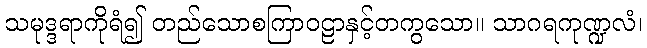
သမုဒ္ဒရာကိုရံ၍ တည်သောစကြာဝဠာနှင့်တကွသော။ သာဂရကုဏ္ဍလံ၊